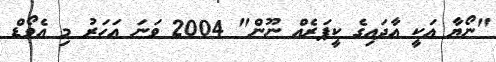
"ނޯޔާ އަކީ އާދައިގެ ކީޕަރެއް ނޫން" 2004 ވަނަ އަހަރު މި އެވޯޑް